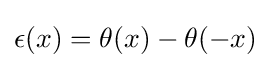
\epsilon (x)=\theta (x)-\theta (-x)